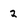
Character: 2